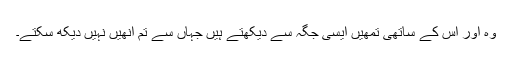
وہ اور اس کے ساتھی تمھیں ایسی جگہ سے دیکھتے ہیں جہاں سے تم انھیں نہیں دیکھ سکتے۔